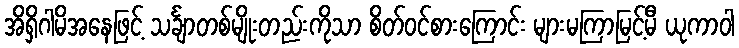
အိရှိဂါမိအနေဖြင့် သင်္ချာတစ်မျိုးတည်းကိုသာ စိတ်ဝင်စားကြောင်း များမကြာမြင့်မီ ယုကာဝါ